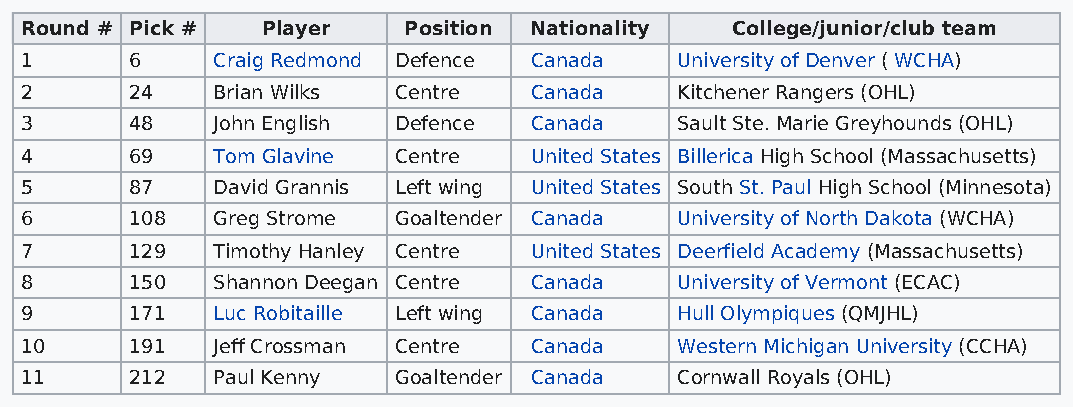
Round # Pick #  Player    Position Nationality College/junior/club team
 1       6    Craig Redmond Defence Canada   University of Denver ( WCHA)
 2       24   Brian Wilks Centre   Canada    Kitchener Rangers (OHL)
 3       48   John English Defence Canada    Sault Ste. Marie Greyhounds (OHL)
 4       69   Tom Glavine Centre   United States Billerica High School (Massachusetts)
 5       87   David Grannis Left wing United States South St. Paul High School (Minnesota)
 6       108  Greg Strome Goaltender Canada  University of North Dakota (WCHA)
 7       129  Timothy Hanley Centre United States Deerfield Academy (Massachusetts)
 8       150  Shannon Deegan Centre Canada   University of Vermont (ECAC)
 9       171  Luc Robitaille Left wing Canada Hull Olympiques (QMJHL)
 10      191  Jeff Crossman Centre Canada    Western Michigan University (CCHA)
 11      212  Paul Kenny  Goaltender Canada  Cornwall Royals (OHL)